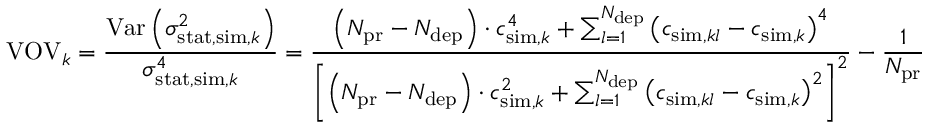
\operatorname { V O V } _ { k } = \frac { \operatorname { V a r } \left( \sigma _ { \mathrm { s t a t } , \mathrm { s i m } , k } ^ { 2 } \right) } { \sigma _ { \mathrm { s t a t } , \mathrm { s i m } , k } ^ { 4 } } = \frac { \left( N _ { \mathrm { p r } } - N _ { \mathrm { d e p } } \right) \cdot c _ { \mathrm { s i m } , k } ^ { 4 } + \sum _ { l = 1 } ^ { N _ { \mathrm { d e p } } } \left( c _ { \mathrm { s i m } , k l } - c _ { \mathrm { s i m } , k } \right) ^ { 4 } } { \left[ \left( N _ { \mathrm { p r } } - N _ { \mathrm { d e p } } \right) \cdot c _ { \mathrm { s i m } , k } ^ { 2 } + \sum _ { l = 1 } ^ { N _ { \mathrm { d e p } } } \left( c _ { \mathrm { s i m } , k l } - c _ { \mathrm { s i m } , k } \right) ^ { 2 } \right] ^ { 2 } } - \frac { 1 } { N _ { \mathrm { p r } } }